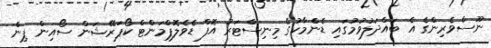
ނޫސްވެރިންގެ އެ ބައްދަލުވުމުގައި ޑެންމާކުގެ މިނިސްޓަރު އޮފް ޑެވެލޮޕްމަންޓް ކޯޕަރޭޝަން ސޯއިން ޕިން